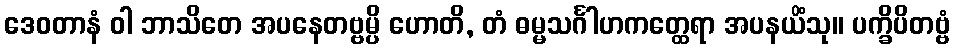
ဒေဝတာနံ ဝါ ဘာသိတေ အပနေတဗ္ဗမ္ပိ ဟောတိ, တံ ဓမ္မသင်္ဂါဟကတ္ထေရာ အပနယိံသု။ ပက္ခိပိတဗ္ဗံ